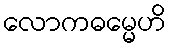
လောကဓမ္မေဟိ